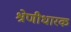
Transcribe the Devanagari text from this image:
श्रेणीधारक